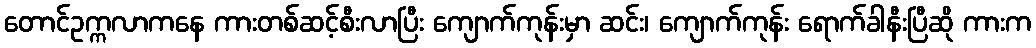
တောင်ဥက္ကလာကနေ ကားတစ်ဆင့်စီးလာပြီး ကျောက်ကုန်းမှာ ဆင်း၊ ကျောက်ကုန်း ရောက်ခါနီးပြီဆို ကားက